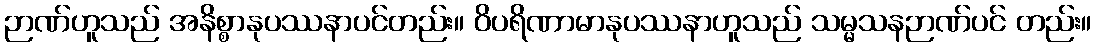
ဉာဏ်ဟူသည် အနိစ္စာနုပဿနာပင်တည်း။ ဝိပရိဏာမာနုပဿနာဟူသည် သမ္မသနဉာဏ်ပင် တည်း။